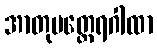
အာတုမတ္ထေရဂါထာ